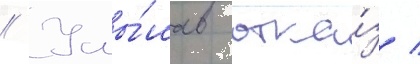
// Услы́шав отка́з /